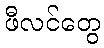
ဖီလင်တွေ